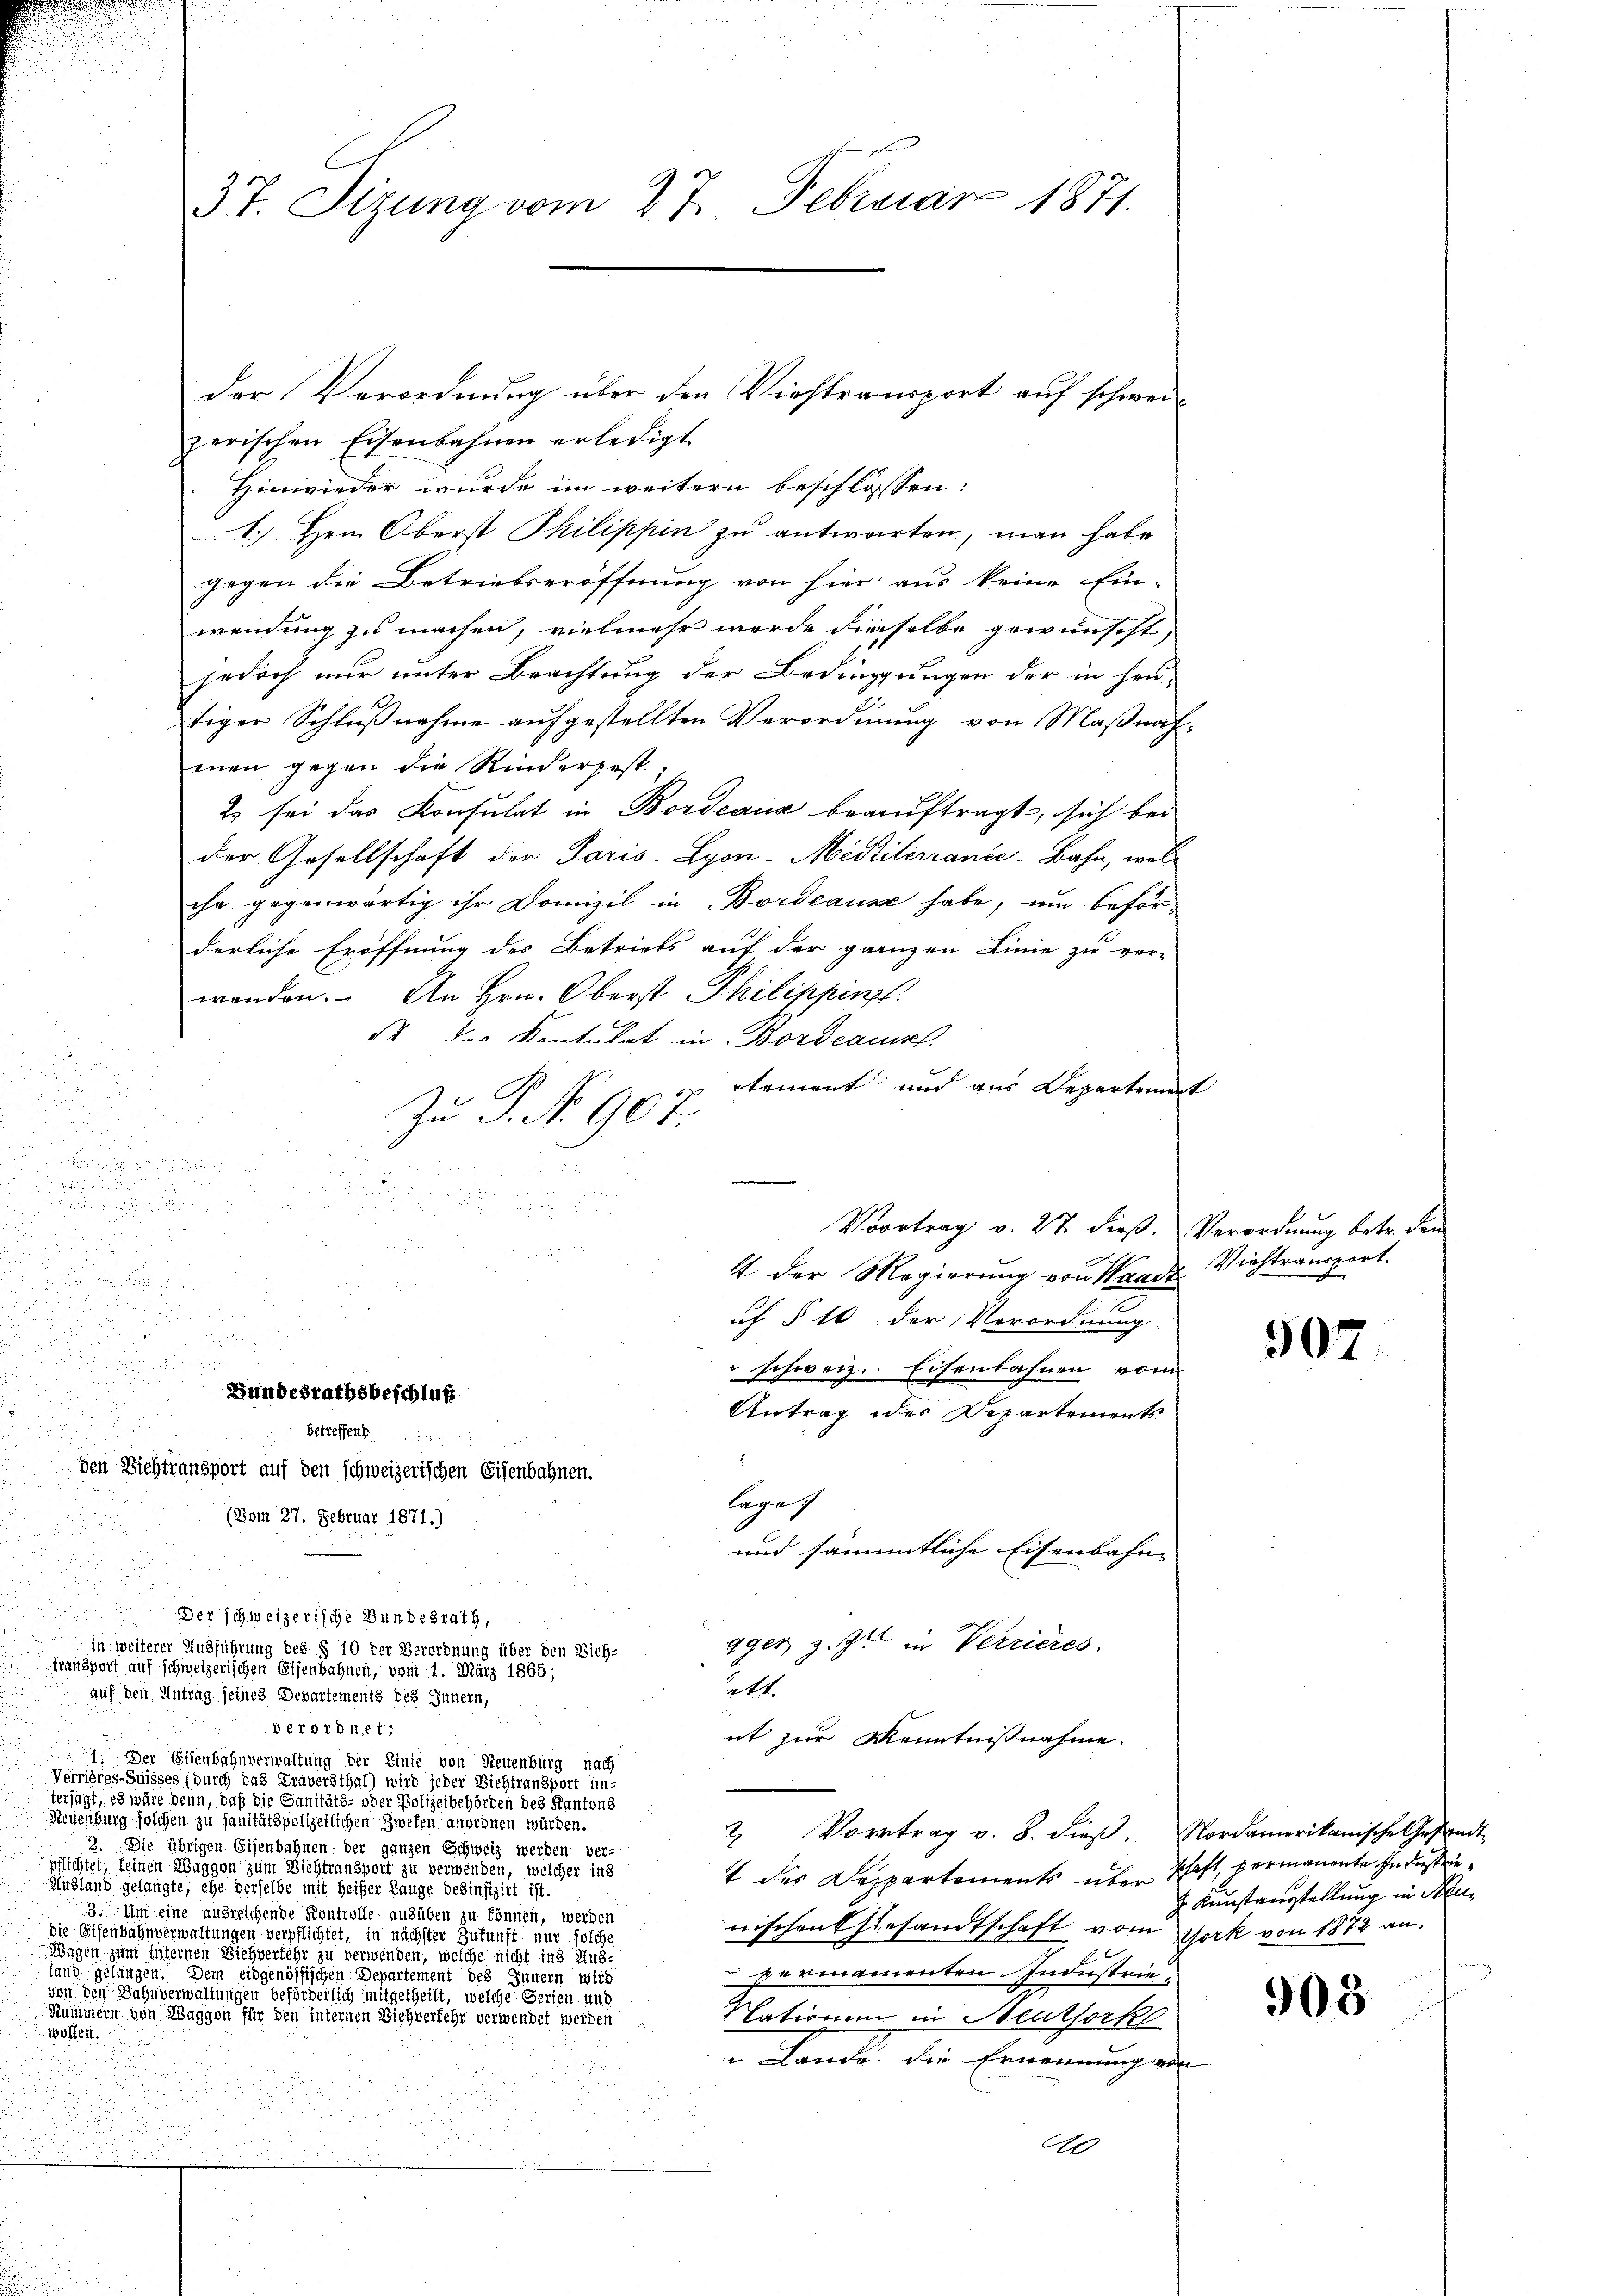
der Verordnung über den Viehtransport auf schweizerischen Eisenbahnen erledigt.
Hinwieder wurde im weitern beschlosssen:
1. Hrn. Oberst Philippin zu antworten, man habe
gegen die Betriebseröffnung von hier aus keine Ein-
wendung zu machen, vielmehr werde dieselbe gewünscht,
jedoch nur unter Beachtung der Bedingungen der in heutiger Schlußnahme aufgestellten Verordnung von Maßnahenen gegen die Rinderzest
2 sei das Konsulat in Bordeaux beauftragt, sich bei
Der Gesellschaft der Paris-Lyon-Medtiterrance-Bahn, welche gegenwärtig ihr Domizil in Bordeaus habe, um beförderliche Eröffnung des Betriebs auf der ganzen Linie zu ver-
wenden. An Hrn. Oberst Philippinst
S. des Ventulat in Bordeausl.
n
rtement und aus Departement
G

d
Zu S. Nr. 907.

2

¬

.

u

t der Magierung von Waadt Viehtransport.

uf § 16. der Vorordnung.

" schweiz. Eisenbahnen vom
r 14.
Bundesrathsbeschluß

Antrag der Departements

Getreffen
den Dichtransport auf den schweizerischen Eisenbahnen.
lage.
(Bom 27. Februar 1871.)
und sämmtliche Eisenbahn
Der schweizerische Bundesrath,
gger z. Zt. in Verrieres.
in weiterer Ausführung des § 10 der Verordnung über den Dich-
transport auf schweizerischen Eisenbahnen, vom 1. März 1865;
att. |
auf den Antrag seines Departements des Innern,
verordnet:
nt zur Kenntnißnahme.
. Der Eisenbahnverwaltung der Linie von Neuenburg nach
Verrieres-Suisses (durch das Traversthal) wird jeder Ziehtransport in-
terfügt, es wäre denn, daß die Sanitäts- oder Polizeibehörden des Kantons
Neuenburg solchen zu sanitätspolizeilichen Zweten anordnen würden.
2 Vortrag v. 8. dieβ. Nordamerikanische Gesandt
2. Die übrigen Eisenbahnen: der ganzen Schweiz werden; ver-
pflichtet, keinen Waggon zum Dichtransport zu verwenden, welcher ins
 des Departements über schaft, permanente Industrie¬
Ausland gelangte, ehe derselbe mit heißer Lange desinfizirt ist.
3. Um eine ausreichende Kontrolle ausüben zu können, werden
wischen Gesandtschaft vom Gork von 1872 an.
die Eisenbahnverwaltungen verpflichtet, in nächster Zukunft nur solche
Wagen zum internen Viehverkehr zu verwenden, welche nicht ins Aus-
Pernamenten Industrie,
land gelungen. Dem eidgenössischen Departement des Innern wird
von den Bahnverwaltungen beförderlich mitgetheilt, welche Serien und
Rümmern von Waggon für den internen Dich verfehr verwendet werden
Nationen in Neuthork
wollen.
 Lande, die Ernennung ein

3t. Stzung vom 27. Februar 1871.

Vortrag v. 27 dieß. Verordnung betr. dem

907

Kunstausstellung in Nu¬

908